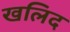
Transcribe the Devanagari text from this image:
खलिद